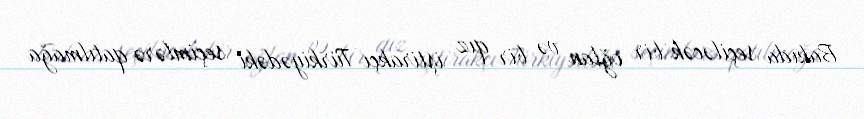
Bakıda seçiləcək bir oğlan və bir qız iştirakçı Türkiyədəki seçimlərə qatılmağa